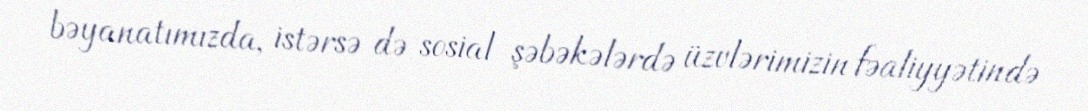
bəyanatımızda, istərsə də sosial şəbəkələrdə üzvlərimizin fəaliyyətində